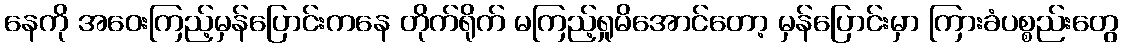
နေကို အဝေးကြည့်မှန်ပြောင်းကနေ တိုက်ရိုက် မကြည့်ရှုမိအောင်တော့ မှန်ပြောင်းမှာ ကြားခံပစ္စည်းတွေ